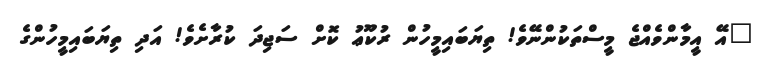
"އޭ އީމާންވެއްޖެ މީސްތަކުންނޭވެ! ތިޔަބައިމީހުން ރުކޫޢު ކޮށް ސަޖިދަ ކުރާށެވެ! އަދި ތިޔަބައިމީހުންގެ